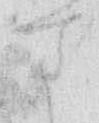
さ